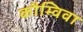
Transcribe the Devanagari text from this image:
कौम्विवा